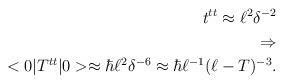
LaTeX: \begin{align*}t^{tt} \approx \ell^2 \delta^{-2} \\ \Rightarrow \\<0|T^{tt}|0> \approx \hbar\ell^2\delta^{-6} \approx \hbar \ell^{-1} (\ell - T)^{-3}.\end{align*}